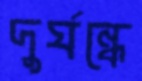
দুর্ঘন্ধে